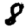
Digit: 8